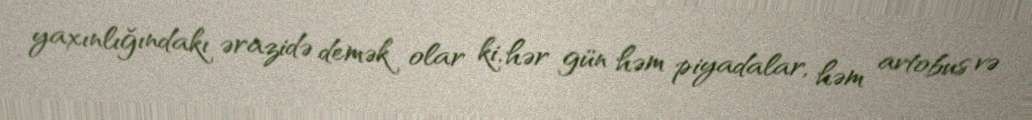
yaxınlığındakı ərazidə demək olar ki, hər gün həm piyadalar, həm avtobus və